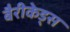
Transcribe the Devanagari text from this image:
बैरीकेड्स